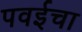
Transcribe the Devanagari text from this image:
पवईचा